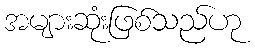
အများဆုံးဖြစ်သည်ဟု